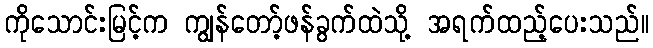
ကိုသောင်းမြင့်က ကျွန်တော့်ဖန်ခွက်ထဲသို့ အရက်ထည့်ပေးသည်။